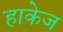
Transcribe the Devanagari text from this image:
हाकेज